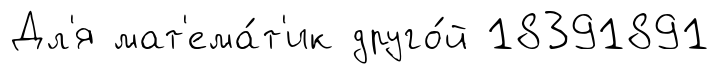
Дл'я мат'ема́т'ик друго́й 18391891